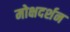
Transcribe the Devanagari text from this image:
मोक्षदर्शन